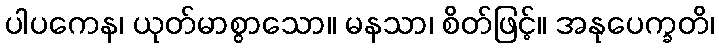
ပါပကေန၊ ယုတ်မာစွာသော။ မနသာ၊ စိတ်ဖြင့်။ အနုပေက္ခတိ၊